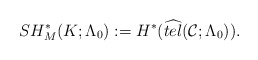
\begin{align*}SH^{*}_{M}(K; \Lambda_{0}):= H^{*}(\widehat{tel}(\mathcal{C}; \Lambda_{0})).\end{align*}